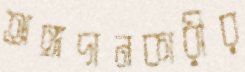
অঙ্গদানকারীর